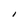
Character: I